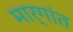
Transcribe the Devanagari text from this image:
मार्गांत